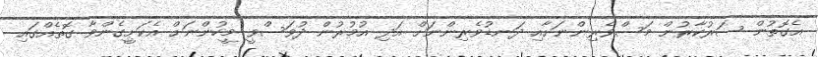
އެގޮތުން ސަރުކާރުން މަސްވެރިންނަށާއި ދަނޑުވެރިންނަށް އަދި އުމުރުން ދުވަސްވީ މީހުންނަށް އެކަށީގެންވާ ގޮތެއްގައި